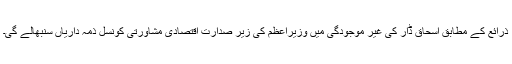
ذرائع کے مطابق اسحاق ڈار کی غیر موجودگی میں وزیراعظم کی زیر صدارت اقتصادی مشاورتی کونسل ذمہ داریاں سنبھالے گی۔